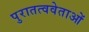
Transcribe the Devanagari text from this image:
पुरातत्ववेताओं